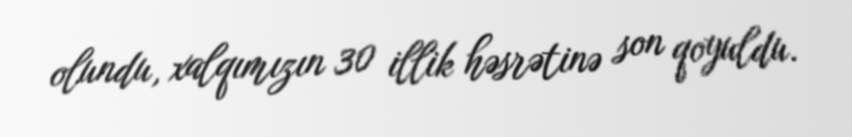
olundu, xalqımızın 30 illik həsrətinə son qoyuldu.